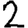
Digit: 2